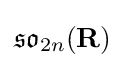
{\mathfrak {so}}_{2n}(\mathbf {R} )